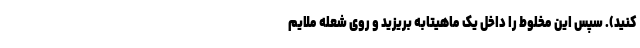
کنید). سپس این مخلوط را داخل یک ماهیتابه بریزید و روی شعله ملایم